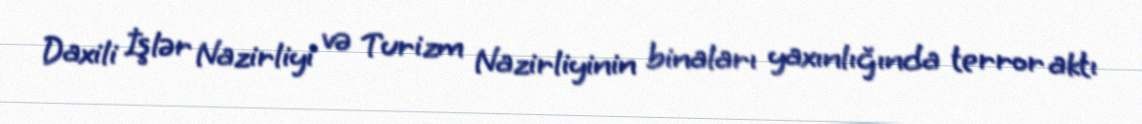
Daxili İşlər Nazirliyi və Turizm Nazirliyinin binaları yaxınlığında terror aktı